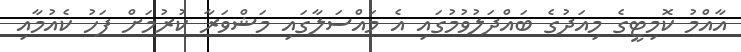
އާއްމު ކޮމިޓީގެ މިއަދުގެ ބައްދަލުވުމުގައި އެ މައްސަލާގައި މަޝްވަރާ ކުރުމަށް ފަހު ކެއުމާއި